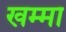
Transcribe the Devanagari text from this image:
खम्मा